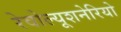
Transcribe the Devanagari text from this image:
रेवोल्यूशनेरियो